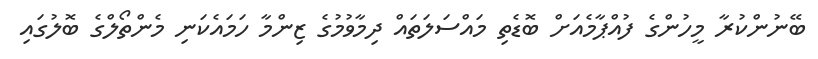
ބޭނުންކުރާ މީހުންގެ ފުއްޕާމެއަށް ބޮޑެތި މައްސަލަތައް ދިމާވުމުގެ ޒިންމާ ހަމައެކަނި މެންތޯލްގެ ބޮލުގައި